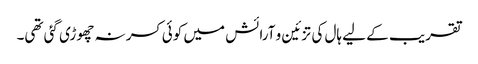
تقریب کے لیے ہال کی تزئین و آرائش میں کوئی کسر نہ چھوڑی گئی تھی۔